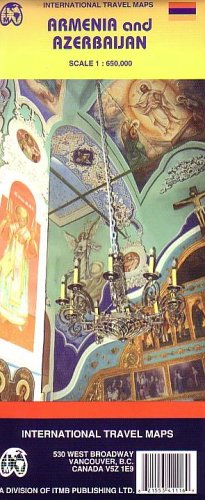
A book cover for Waterproof Armenia and Azerbaijan Map by ITMB (Travel Reference Map); ITMB Publishing; Travel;